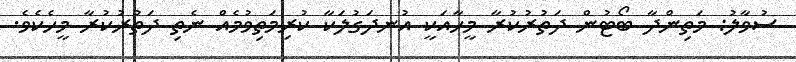
ސުވާލު: މަތިންދާ ބޯޓުން ދަތުރުކުރާ މީހާއަކީ އުނދަގުލަކާ ކުރިމަތިވުމެއް ނެތި ދަތުރުކުރާ މީހެކެވެ.